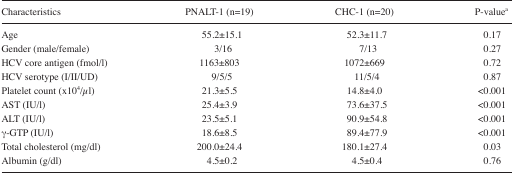
<table><thead><tr><td><b>Characteristics</b></td><td><b>PNALT-1 (n=19)</b></td><td><b>CHC-1 (n=20)</b></td><td><b>P-valuea</b></td></tr></thead><tbody><tr><td>Age</td><td>55.2±15.1</td><td>52.3±11.7</td><td>0.17</td></tr><tr><td>Gender (male/female)</td><td>3/16</td><td>7/13</td><td>0.27</td></tr><tr><td>HCV core antigen (fmol/l)</td><td>1163±803</td><td>1072±669</td><td>0.72</td></tr><tr><td>HCV serotype (I/II/UD)</td><td>9/5/5</td><td>11/5/4</td><td>0.87</td></tr><tr><td>Platelet count (x10<sup>4</sup>/μl)</td><td>21.3±5.5</td><td>14.8±4.0</td><td>&lt;0.001</td></tr><tr><td>AST (IU/l)</td><td>25.4±3.9</td><td>73.6±37.5</td><td>&lt;0.001</td></tr><tr><td>ALT (IU/l)</td><td>23.5±5.1</td><td>90.9±54.8</td><td>&lt;0.001</td></tr><tr><td>γ-GTP (IU/l)</td><td>18.6±8.5</td><td>89.4±77.9</td><td>&lt;0.001</td></tr><tr><td>Total cholesterol (mg/dl)</td><td>200.0±24.4</td><td>180.1±27.4</td><td>0.03</td></tr><tr><td>Albumin (g/dl)</td><td>4.5±0.2</td><td>4.5±0.4</td><td>0.76</td></tr></tbody></table>